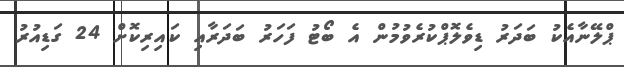
ޕްލޭނާއެކު ބަދަރު ޑިވެލޮޕްކުރެވުމުން އެ ބޯޓު ފަހަރު ބަދަރާއި ކައިރިކޮށް 24 ގަޑިއުރު